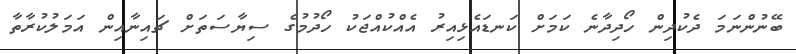
ބޭނުންނަމަ ދެކުދިން ހޯދިދާނެ ކަމަށް ކަނޑައެޅިއިރު އެއްކުއްޖަކު ހޯދުމުގެ ސިޔާސަތަށް ޗައިނާއިން އަމަލުކުރާތާ